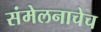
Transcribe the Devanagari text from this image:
संमेलनाचेच